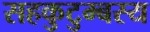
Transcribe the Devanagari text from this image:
सहकुटुम्बस्य